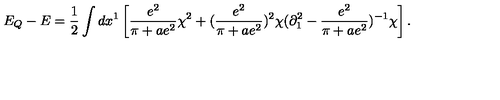
E _ { Q } - E = { \frac { 1 } { 2 } } \int d x ^ { 1 } \left[ { \frac { e ^ { 2 } } { \pi + a e ^ { 2 } } } \chi ^ { 2 } + ( { \frac { e ^ { 2 } } { \pi + a e ^ { 2 } } } ) ^ { 2 } \chi ( \partial _ { 1 } ^ { 2 } - { \frac { e ^ { 2 } } { \pi + a e ^ { 2 } } } ) ^ { - 1 } \chi \right] .